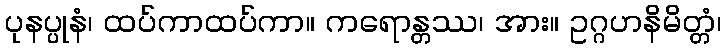
ပုနပ္ပုနံ၊ ထပ်ကာထပ်ကာ။ ကရောန္တဿ၊ အား။ ဥဂ္ဂဟနိမိတ္တံ၊